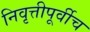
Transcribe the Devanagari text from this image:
निवृत्तीपूर्वीच